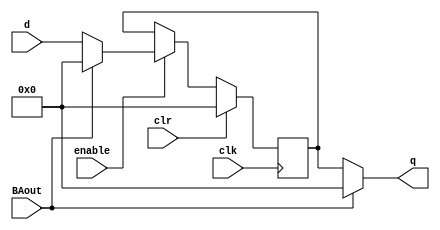
module Register_R0 #(parameter VAL = 0)(input clk, clr, enable, BAout, input [31:0] d, output [31:0] q);

	reg [31:0] Register;
	reg [31:0] Zero = 32'b0;
	
	initial begin
		Register = VAL;
	end

	always @ (posedge clk)
	begin
				if (clr) begin
							Register[31:0] <= 32'b0;		
				end else if (enable) begin
					if(BAout == 0) begin
							Register[31:0] <= d;
					end else begin
							Register <= 'b0;
					end
				end
	end

	assign q[31:0] = BAout ? Zero: Register[31:0];

endmodule